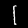
Label: 1